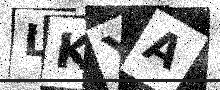
Text: LKYA